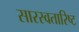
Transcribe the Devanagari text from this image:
सारस्वतारिष्ट